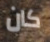
كان